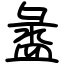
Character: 盝